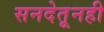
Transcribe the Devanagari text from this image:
सनदेतूनही